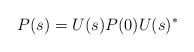
\begin{align*} P(s)=U(s) P(0) U(s)^*\end{align*}